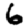
Digit: 6